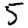
Digit: 5